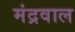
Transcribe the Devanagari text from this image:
मंद्रवाल